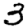
Digit: 3